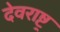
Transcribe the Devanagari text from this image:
देवराष्ट्र